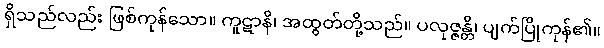
ရှိသည်လည်း ဖြစ်ကုန်သော။ ကူဋာနိ၊ အထွတ်တို့သည်။ ပလုဇ္ဇန္တိ၊ ပျက်ပြိုကုန်၏။